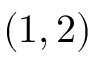
( 1 , 2 )